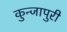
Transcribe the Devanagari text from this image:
कुन्जापुरी